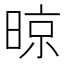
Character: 晾